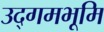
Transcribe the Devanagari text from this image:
उद्गमभूमि